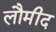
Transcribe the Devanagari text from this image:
लौमीद